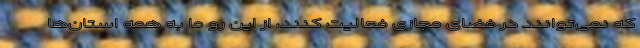
که نمی‌توانند در فضای مجازی فعالیت کنند، از این رو ما به همه استان‌ها